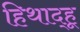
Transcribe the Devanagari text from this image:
हिथाद्हू